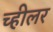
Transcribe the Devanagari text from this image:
च्हीलर